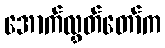
အောက်လွှတ်တော်က